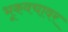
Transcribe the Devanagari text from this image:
भूकवचावर